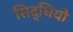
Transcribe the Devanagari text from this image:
सिद्धियो